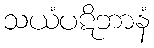
သယံပဋိဘာနံ